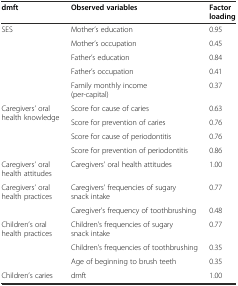
<table><thead><tr><td><b>dmft</b></td><td><b>Observed variables</b></td><td><b>Factor loading</b></td></tr></thead><tbody><tr><td rowspan="5">SES</td><td>Mother’s education</td><td>0.95</td></tr><tr><td>Mother’s occupation</td><td>0.45</td></tr><tr><td>Father’s education</td><td>0.84</td></tr><tr><td>Father’s occupation</td><td>0.41</td></tr><tr><td>Family monthly income (per-capital)</td><td>0.37</td></tr><tr><td rowspan="4">Caregivers’ oral health knowledge</td><td>Score for cause of caries</td><td>0.63</td></tr><tr><td>Score for prevention of caries</td><td>0.76</td></tr><tr><td>Score for cause of periodontitis</td><td>0.76</td></tr><tr><td>Score for prevention of periodontitis</td><td>0.86</td></tr><tr><td>Caregivers’ oral health attitudes</td><td>Caregivers’ oral health attitudes</td><td>1.00</td></tr><tr><td rowspan="2">Caregivers’ oral health practices</td><td>Caregivers’ frequencies of sugary snack intake</td><td>0.77</td></tr><tr><td>Caregiver’s frequency of toothbrushing</td><td>0.48</td></tr><tr><td rowspan="3">Children’s oral health practices</td><td>Children’s frequencies of sugary snack intake</td><td>0.77</td></tr><tr><td>Children’s frequencies of toothbrushing</td><td>0.35</td></tr><tr><td>Age of beginning to brush teeth</td><td>0.35</td></tr><tr><td>Children’s caries</td><td>dmft</td><td>1.00</td></tr></tbody></table>